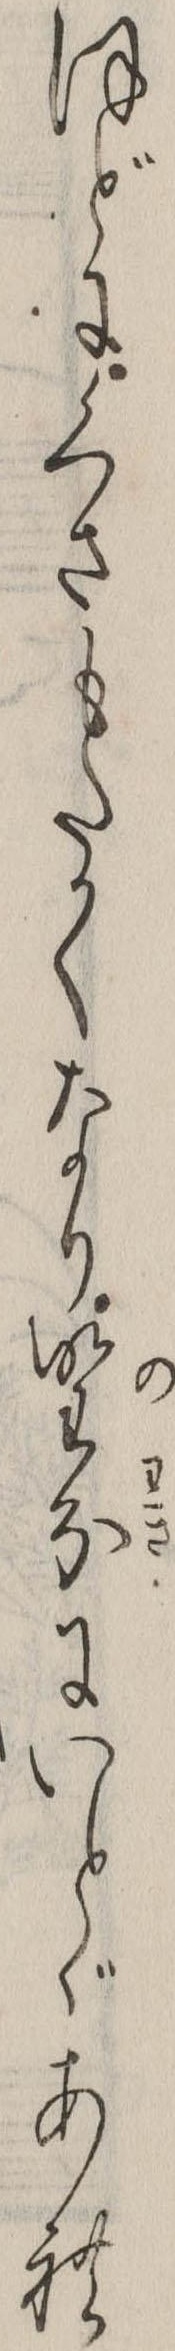
ほどにくさもたかくなり野分にいとゞあれ